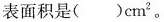
表面积是( )cm^{2}。